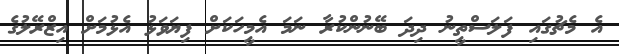
އެ މެޗުގައި ފަލަސްތީނު ދިދަ ބޭނުންކުރާ ނަމަ އެމީހަކަށް ފިޔަވަޅު އެޅުމަށް އިޒްރޭލުގެ